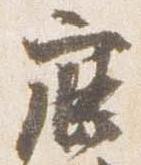
鹿